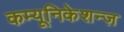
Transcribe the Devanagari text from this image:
कम्यूनिकेशन्ज़